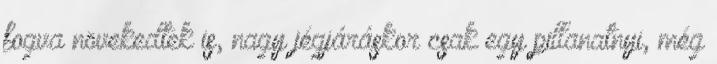
fogva növekedtek is, nagy jégjáráskor csak egy pillanatnyi, még